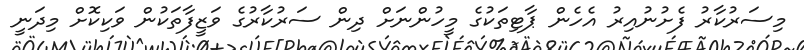
މިސަރުކާރު ފެށުނުއިރު އެހެން ޕާޓިތަކުގެ މީހުންނަށް ދިން ސަރުކާރުގެ ވަޒީފާތަކުން ވަކިކޮށް މިދަނީ